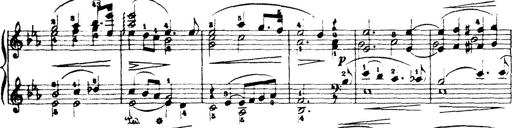
Title: Wagner-Liszt Album
Composer: Franz Liszt